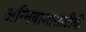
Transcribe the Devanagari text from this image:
अग्निबाणासाठीची